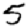
Digit: 5